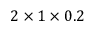
2 \times 1 \times 0 . 2